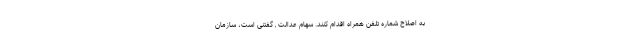
به اصلاح شماره تلفن همراه اقدام کنند. سهام عدالت , گفتنی است، سازمان